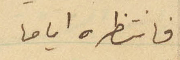
فانتظره اياما